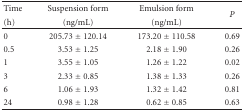
<table><thead><tr><td><b>Time</b></td><td><b>Suspension form</b></td><td><b>Emulsion form</b></td><td rowspan="2"><b><i>P</i></b></td></tr><tr><td><b> (h)</b></td><td><b>(ng/mL)</b></td><td><b>(ng/mL) </b></td></tr></thead><tbody><tr><td>0</td><td>205.73 ± 120.14</td><td>173.20 ± 110.58</td><td>0.69</td></tr><tr><td>0.5</td><td>3.53 ± 1.25</td><td>2.18 ± 1.90</td><td>0.26</td></tr><tr><td>1</td><td>3.55 ± 1.05</td><td>1.26 ± 1.22</td><td>0.02</td></tr><tr><td>3</td><td>2.33 ± 0.85</td><td>1.38 ± 1.33</td><td>0.26</td></tr><tr><td>6</td><td>1.06 ± 1.93</td><td>1.32 ± 1.42</td><td>0.81</td></tr><tr><td>24</td><td>0.98 ± 1.28</td><td>0.62 ± 0.85</td><td>0.63</td></tr></tbody></table>